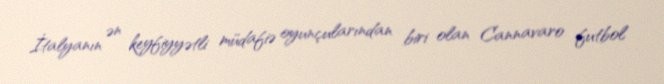
İtalyanın ən keyfiyyətli müdafiə oyunçularından biri olan Cannavaro futbol